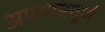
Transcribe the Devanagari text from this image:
अपमानपूर्ण